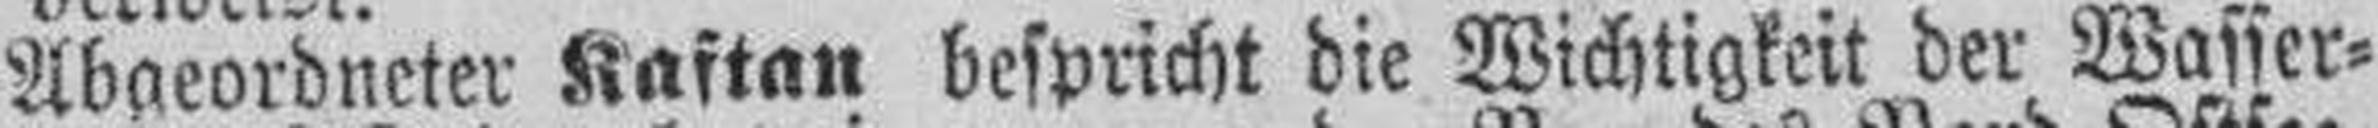
Abgeordneter Kaftan bespricht die Wichtigkeit der Wasser¬